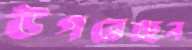
উগরেছেন